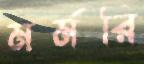
মর্মরি